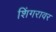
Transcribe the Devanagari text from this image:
शिंगरावर